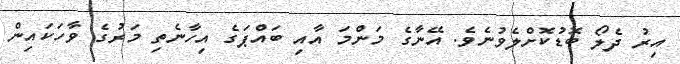
އިރު ދެލޯ ބޮޑުކޮށްލެވުނެވެ. އޭނާގެ މަންމަ އާއި ބައްޕަގެ އިހާނެތި މަރުގެ ވާހަކައިން